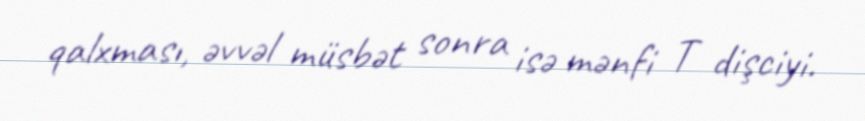
qalxması, əvvəl müsbət sonra isə mənfi T dişciyi.